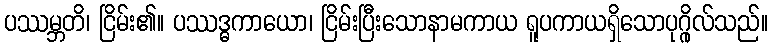
ပဿမ္ဘတိ၊ ငြိမ်း၏။ ပဿဒ္ဓကာယော၊ ငြိမ်းပြီးသောနာမကာယ ရူပကာယရှိသောပုဂ္ဂိုလ်သည်။